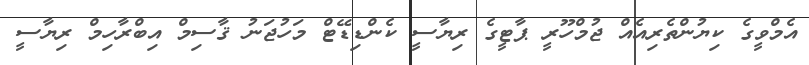
އެމްވީގެ ކިޔުންތެރިއެއް ޖުމްހޫރީ ޕާޓީގެ ރިޔާސީ ކެންޑިޑޭޓް މަހުޖަނު ޤާސިމް އިބްރާހިމް ރިޔާސީ